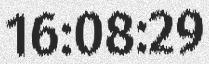
16:08:29